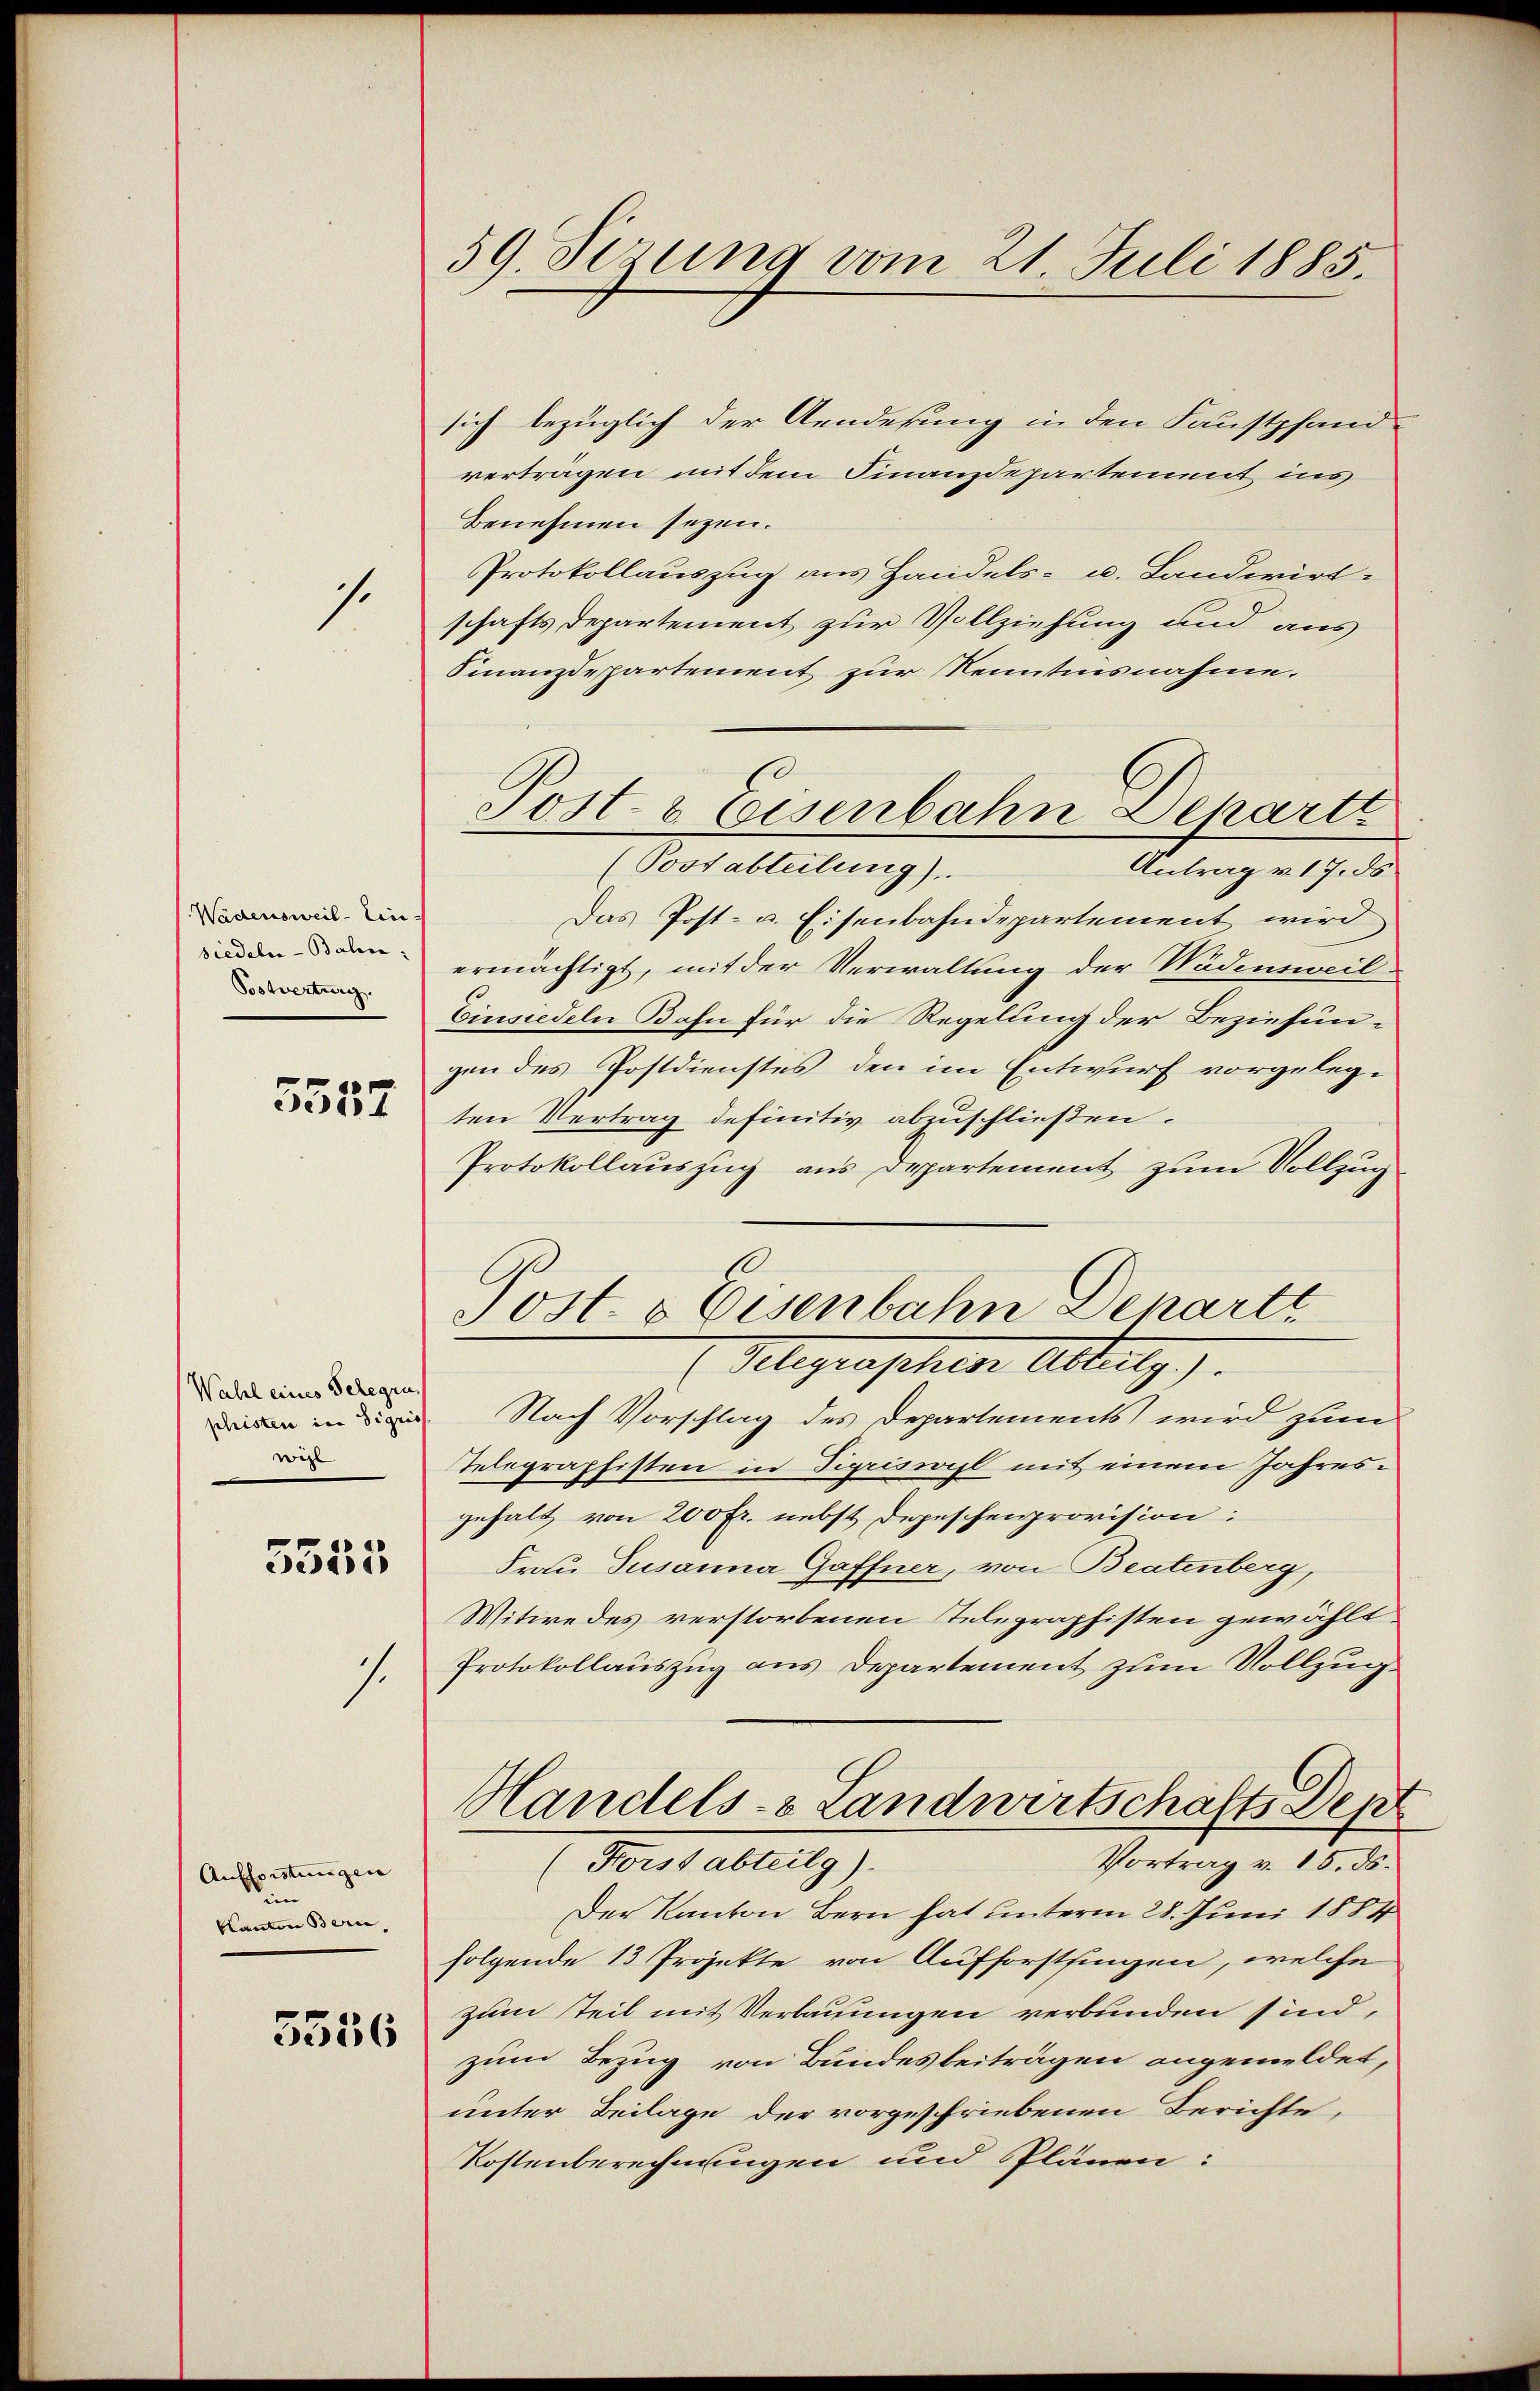
s.

Wadensweil-Ein
siedeln - Bahn:
Toswertung.

5557

Wahl eines Gelegen
wis

5535

1.

Aufforstungen
e
Kanton Bern,

3356

59. Sizung vom 21. Juli 1885.

sich bezüglich der Aenderung in den Faustpfand-
verträgen mit dem Finanzdepartement ins
Benehmen seyen.
Protokollauszug aus Handels- u. Landwirt-
schafts Departement zur Vollziehung und aus
Finanzdepartement zur Kenntnisnahme.
(Postabteilung).
Antrag v. 17. ds
Das Post- u. Eisenbahndepartement wird
ermächtigt, mit der Verwaltung der Wädensweil
Einsiedeln Bahn für die Regelung der Beziehun-
gen des Postdienstes den im Entwurf vorgelegten Vertrag definitiv abzuschließen.
Protokollauszug aus Departement zum Vollzug
Post- & Eisenbahn Denarti
Gelegraphen Altulg.
 Nach Vorschlag des Departements wird zum
Telegraphisten in Sigriswil mit einem Jahresgehalt von 200 fr. nebst Depeschenprovision:
Frau Jusanna Gaffner, von Beatenberg,
Witwe des verstorbenen Telegraphisten gewählt
Protokollauszug aus Departement zum Vollzug
Handels- & Landwirtschafts Dept
Vortrag v. 15. ds.
Berts ableg
Der Kanton Bern hat unterm 28. Juni 1884
folgende 13 Projekte von Aufforstsingen, welche
zum Teil mit Verbauungen verbunden sind,
zum Bezug von Bundesbeiträgen angemeldet,
unter Beilage der vorgeschriebenen Berichte,
Kostenberechnungen und Plänen:

Post- & Eisenbahn Departt